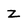
Character: Z